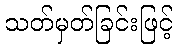
သတ်မှတ်ခြင်းဖြင့်